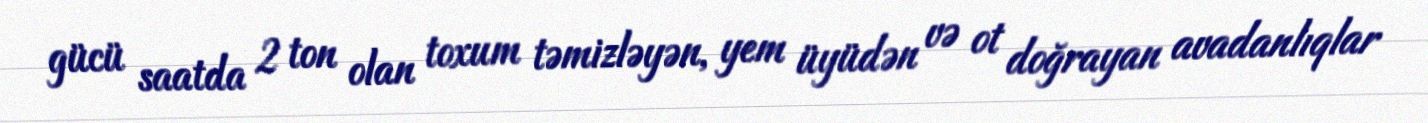
gücü saatda 2 ton olan toxum təmizləyən, yem üyüdən və ot doğrayan avadanlıqlar